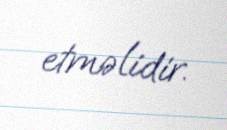
etməlidir.